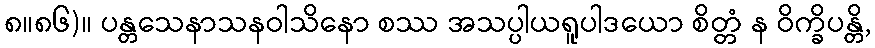
၈။၈၆)။ ပန္တသေနာသနဝါသိနော စဿ အသပ္ပါယရူပါဒယော စိတ္တံ န ဝိက္ခိပန္တိ,